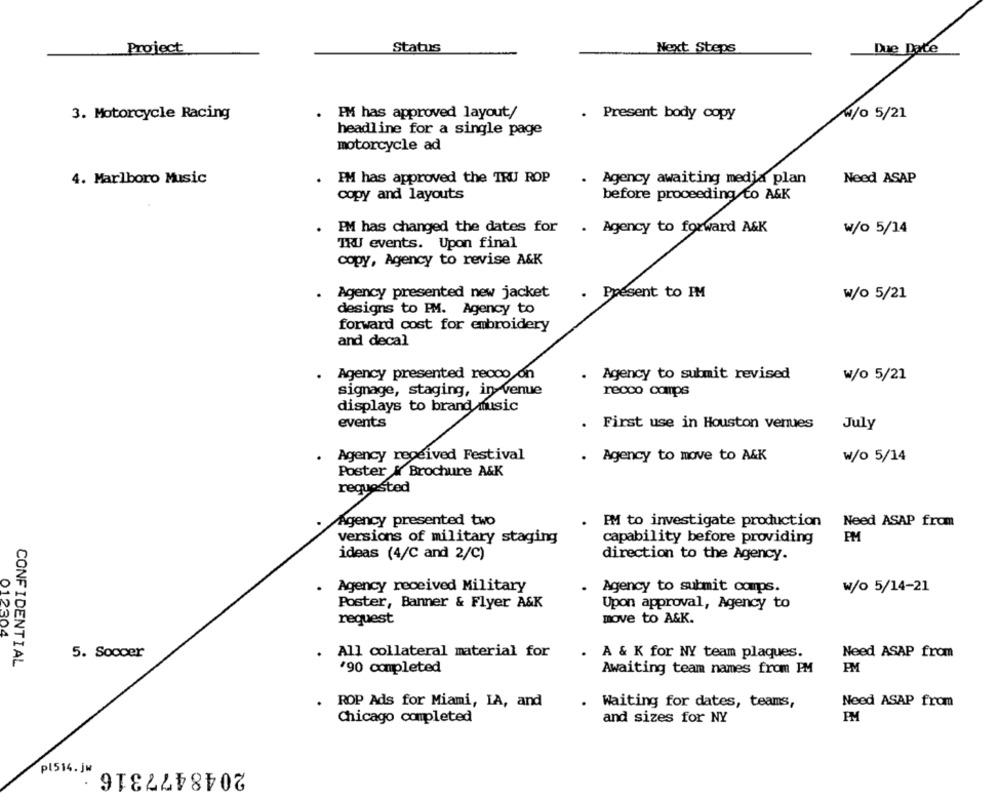
Project
Status
Next Steps
Due Date
3. Motorcycle Racing
PM has approved layout/
. Present body copy
w/0 5/21
headline for a single page
motorcycle ad
4. Marlboro Music
PM has approved the TRU ROP
Agency awaiting media plan
Need ASAP
copy and layouts
before proceeding to A&K
PM has changed the dates for
. Agency to forward A&K
w/o 5/14
TRU events. Upon final
copy, Agency to revise A&K
Agency presented new jacket
. Present to IM
w/o 5/21
designs to PM. Agency to
forward cost for embroidery
and decal
Agency presented recco on
Agency to submit revised
w/o 5/21
signage, staging, in- venue
recco camps
displays to brand music
events
.
First use in Houston venues
July
. Agency received Festival
Agency to move to A&K
w/o 5/14
Poster & Brochure A&K
requested
Agency presented two
. PM to investigate production
Need ASAP from
PM
versions of military staging
capability before providing
ideas (4/C and 2/C)
direction to the Agency.
Agency received Military
Agency to submit comps.
w/o 5/14-21
Poster, Banner & Flyer A&K
Upon approval, Agency to
request
move to A&K.
012304
5. Soccer
.
All collateral material for
A & K for NY team plaques.
Need ASAP from
CONFIDENTIAL
'90 completed
Awaiting team names from PM
PM
ROP Ads for Miami, IA, and
Waiting for dates, teams,
Need ASAP from
Chicago completed
and sizes for NY
PM
pl514. jw
2048477316